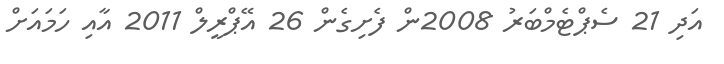
އަދި 21 ސެޕްޓެމްބަރު 2008ން ފެށިގެން 26 އޭޕްރީލް 2011 އާއި ހަމައަށް